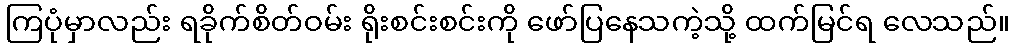
ကြပုံမှာလည်း ရခိုက်စိတ်ဝမ်း ရိုးစင်းစင်းကို ဖော်ပြနေသကဲ့သို့ ထက်မြင်ရ လေသည်။